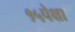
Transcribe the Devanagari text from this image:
१५पेक्षा